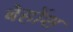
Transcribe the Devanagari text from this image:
बेहोंश